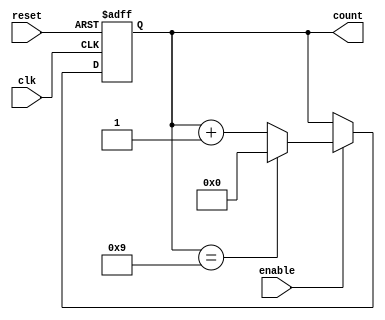
module bcd_counter (
    input wire clk,         // Clock input
    input wire reset,       // Asynchronous reset input
    input wire enable,      // Enable input
    output reg [3:0] count  // 4-bit output for the current count
);

// Always block for synchronous behavior
always @(posedge clk or posedge reset) begin
    if (reset) begin
        count <= 4'b0000;  // Reset the counter to 0
    end else if (enable) begin
        if (count == 4'b1001) begin
            count <= 4'b0000;  // Reset to 0 if count reaches 9
        end else begin
            count <= count + 1; // Increment the counter
        end
    end
end

endmodule